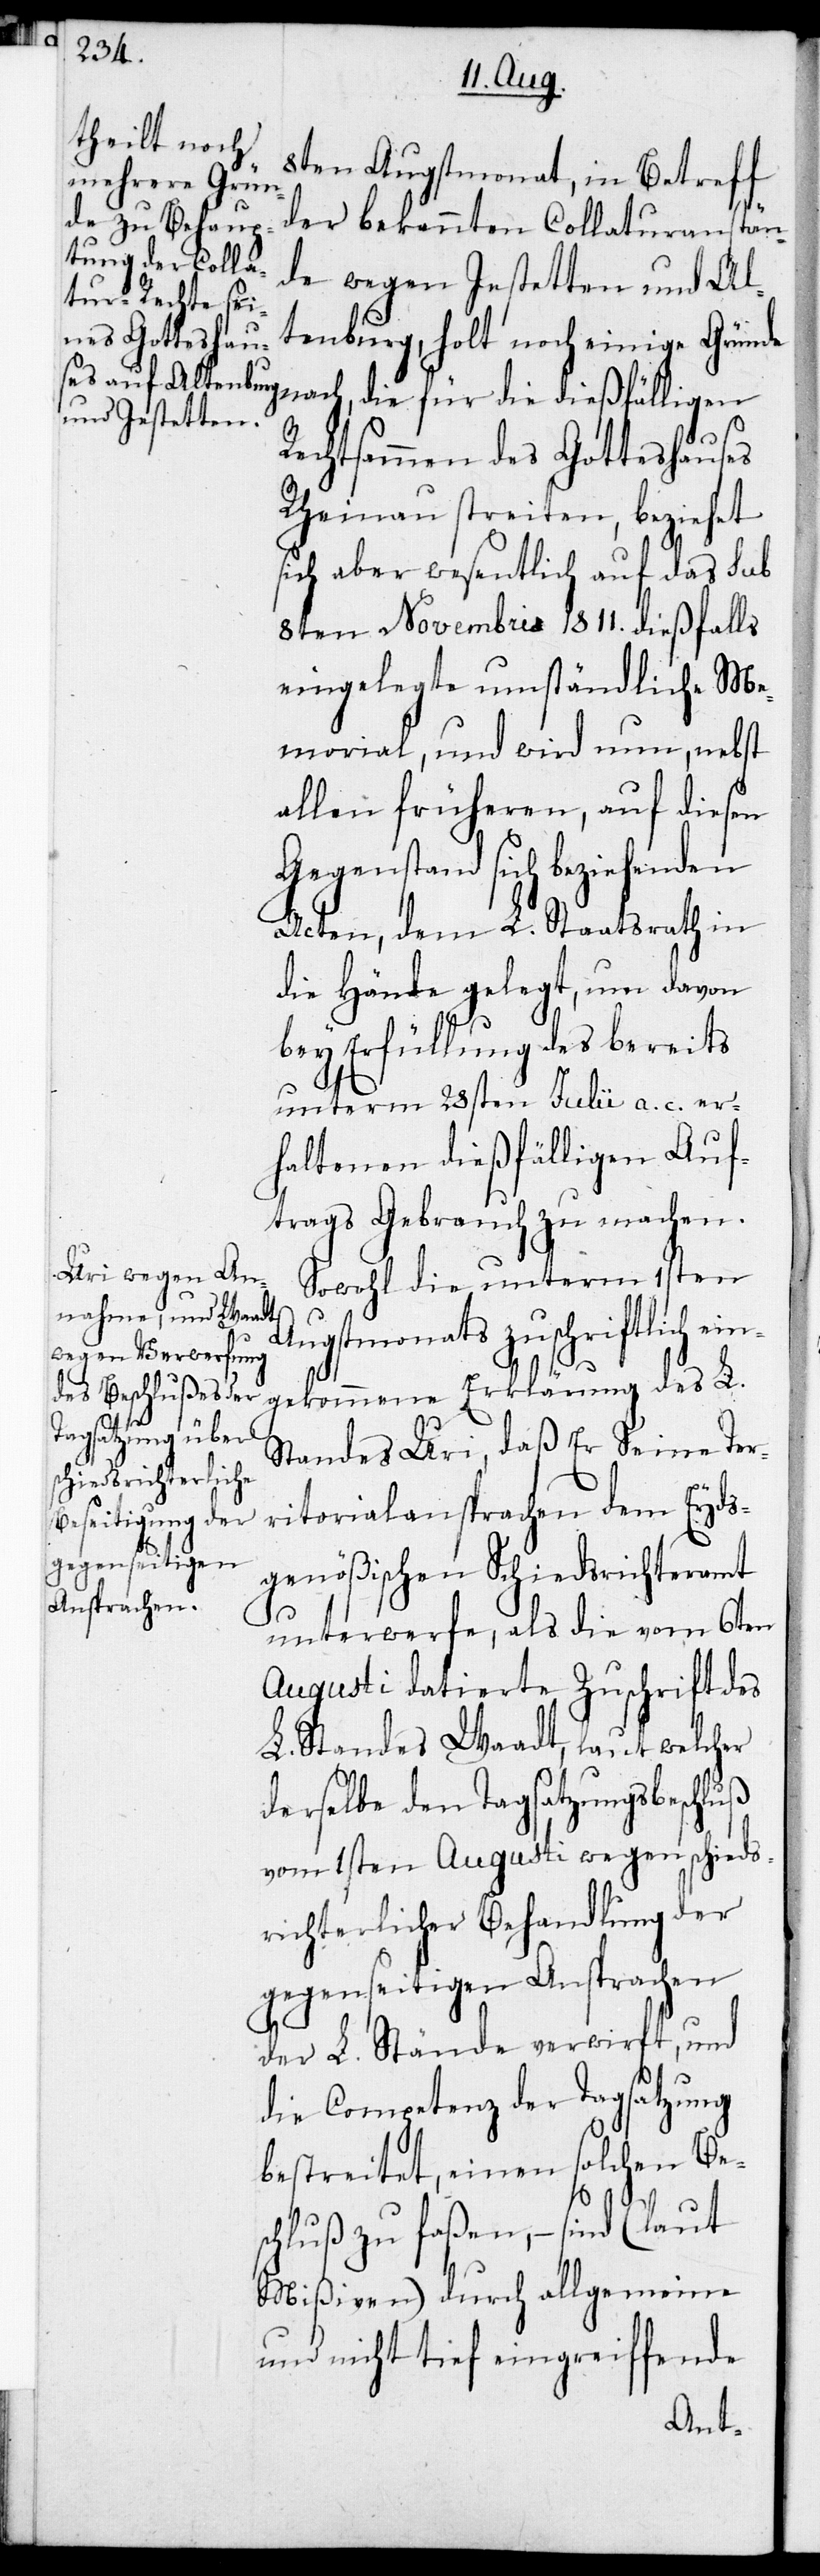
L.

8ten Augstmonat, in Betreff
der bekannten Collaturanstän¬
de wegen Jestetten und Al¬
tenburg, holt noch einige Gründe
nach, die für die dießfälligen
Rechtsammen des Gotteshauses
Rheinau streiten, bezieht
sich aber wesentlich auf das sub
8ten Novembris 1811. dießfalls
eingelegte umständliche Me¬
morial und wird nun, nebst
allen früheren, auf diesen
Gegenstand sich beziehenden
Acten, dem L. Staatsrath in
die Hände gelegt, um davon
bey Erfüllung des bereits
unterm 28sten Julii a. c. er¬
haltenen dießfälligen Auf¬
trags Gebrauch zu machen.
Sowohl die unterm 1sten
Augstmonats zuschriftlich ein¬
gekomm¬
Standes Uri, daß Er Seine Ter¬
ritorialansprachen dem Eyds¬
genößischen Schiedsrichteramt
unterwerfe, als die vom 6ten
Augusti datierte Zuschrift des
L. Standes Waadt, laut welcher
derselbe den Tagsatzungsbeschluß
vom 1sten Augusti wegen schieds¬
richterlicher Behandlung der
gegenseitigen Ansprachen
der L. Stände verwirft, und
die Competenz der Tagsatzung
bestreitet, einen solchen Be¬
schluß zu faßen, – sind (laut
Mißiven) durch allgemeine
und nicht tief eingreiffende